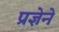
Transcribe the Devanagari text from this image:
प्रज्ञेने